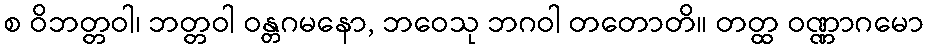
စ ဝိဘတ္တဝါ၊ ဘတ္တဝါ ဝန္တဂမနော, ဘဝေသု ဘဂဝါ တတောတိ။ တတ္ထ ဝဏ္ဏာဂမော